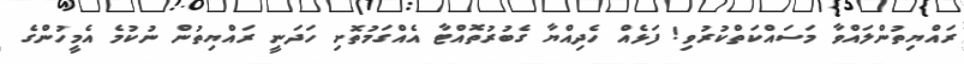
ރައްޔިތުންލައްވާ މަސައްކަތްކުރުވި! ފަޅެއް ހެދިއްޔާ ގެބުރުތޮއްޓާ އެއްގަމުތޮށި ހަދަނީ ރައްޔިތުން ނުކުމެ އެމީހުންގެ